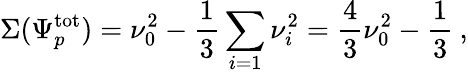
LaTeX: \Sigma(\Psi_{p}^{\mathrm{tot}})=\nu_{0}^{2}-\frac{1}{3}\sum_{i=1}\nu_{i}^{2}=\frac{4}{3}\nu_{0}^{2}-\frac{1}{3}\: ,